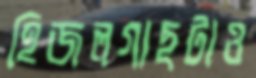
হিজলগাছটাও